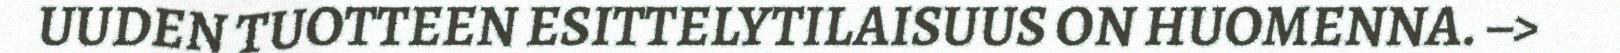
UUDEN TUOTTEEN ESITTELYTILAISUUS ON HUOMENNA. –>